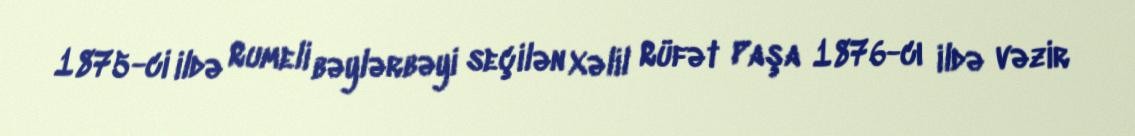
1875-ci ildə Rumeli bəylərbəyi seçilən Xəlil Rüfət Paşa 1876-cı ildə vəzir